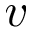
v